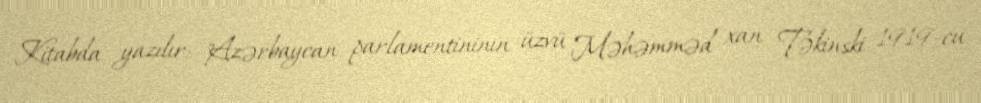
Kitabda yazılır: "Azərbaycan parlamentininın üzvü Məhəmməd xan Təkinski 1919-cu